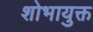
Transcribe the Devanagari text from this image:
शोभायुक्त